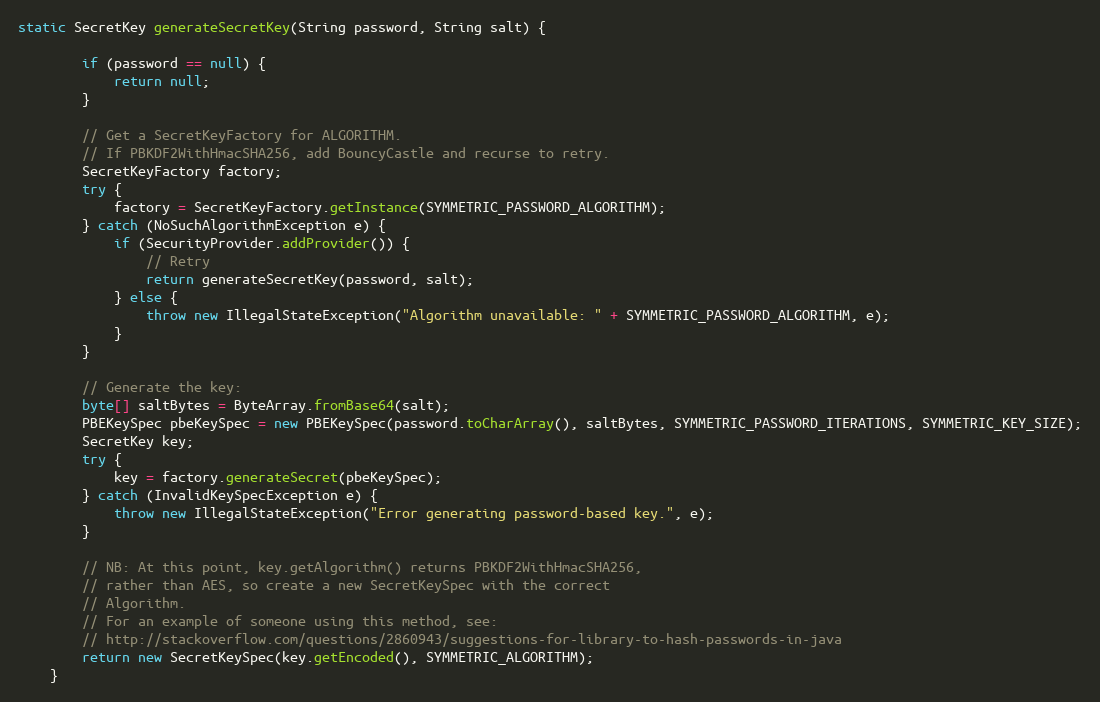
Language: Java
static SecretKey generateSecretKey(String password, String salt) {

        if (password == null) {
            return null;
        }

        // Get a SecretKeyFactory for ALGORITHM.
        // If PBKDF2WithHmacSHA256, add BouncyCastle and recurse to retry.
        SecretKeyFactory factory;
        try {
            factory = SecretKeyFactory.getInstance(SYMMETRIC_PASSWORD_ALGORITHM);
        } catch (NoSuchAlgorithmException e) {
            if (SecurityProvider.addProvider()) {
                // Retry
                return generateSecretKey(password, salt);
            } else {
                throw new IllegalStateException("Algorithm unavailable: " + SYMMETRIC_PASSWORD_ALGORITHM, e);
            }
        }

        // Generate the key:
        byte[] saltBytes = ByteArray.fromBase64(salt);
        PBEKeySpec pbeKeySpec = new PBEKeySpec(password.toCharArray(), saltBytes, SYMMETRIC_PASSWORD_ITERATIONS, SYMMETRIC_KEY_SIZE);
        SecretKey key;
        try {
            key = factory.generateSecret(pbeKeySpec);
        } catch (InvalidKeySpecException e) {
            throw new IllegalStateException("Error generating password-based key.", e);
        }

        // NB: At this point, key.getAlgorithm() returns PBKDF2WithHmacSHA256,
        // rather than AES, so create a new SecretKeySpec with the correct
        // Algorithm.
        // For an example of someone using this method, see:
        // http://stackoverflow.com/questions/2860943/suggestions-for-library-to-hash-passwords-in-java
        return new SecretKeySpec(key.getEncoded(), SYMMETRIC_ALGORITHM);
    }